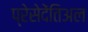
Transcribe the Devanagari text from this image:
प्रेसेदेंतिअल